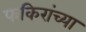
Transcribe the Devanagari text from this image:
फकिरांच्या